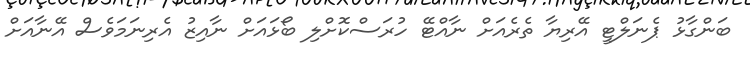
ބަންގާޅު ޕެނަލްޓީ އޭރިޔާ ތެރެއަށް ނާއްޓޭ ހުރަސްކޮށްލި ބޯޅައަށް ނާއިޒު އެރިނަމަވެސް އޭނާއަށް